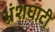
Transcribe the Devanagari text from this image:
भ्रंशघाटी